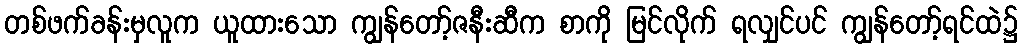
တစ်ဖက်ခန်းမှလူက ယူထားသော ကျွန်တော့်ဇနီးဆီက စာကို မြင်လိုက် ရလျှင်ပင် ကျွန်တော့်ရင်ထဲ၌